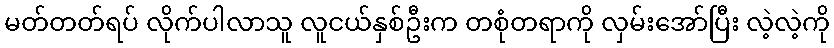
မတ်တတ်ရပ် လိုက်ပါလာသူ လူငယ်နှစ်ဦးက တစုံတရာကို လှမ်းအော်ပြီး လဲ့လဲ့ကို